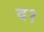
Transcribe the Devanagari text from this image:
व१